system: You are a helpful assistant.
user:
Analyze the provided spectrum to determine if it is a **White Dwarf (WD)**.

A White Dwarf spectrum is defined by its **extreme purity** (due to gravitational settling) and/or **extreme pressure broadening** (due to high surface gravity). You must check for one of the following mutually exclusive signatures:

- **Key Visual Indicators (Check for ONE of these types):**

    - **1. DA-Type Signature (Most Common):**
        - **(Primary Feature):** Extreme pressure broadening (Stark broadening) of the **Hydrogen (H) Balmer lines**.
        - **(Key Lines):** $H\beta$ (approx. $4861$ Å) and $H\gamma$ (approx. $4340$ Å). $H\alpha$ (approx. $6563$ Å) will also be present if the wavelength range covers it.
        - **(Line Profile):** This is the **defining feature**. The lines are **NOT** sharp. They appear as massive, **extremely broad and deep "troughs" or "dips"** in the spectrum, often hundreds of Ångströms wide. The continuum will appear to "scoop" down at these wavelengths.
        - **(Distinction):** Normal A-type or B-type stars have *narrow* and *sharp* Hydrogen lines. A DA White Dwarf's lines are unmistakably "smeared" or "blurry" from pressure.

    - **2. DB-Type Signature:**
        - **(Primary Feature):** Broad absorption lines from **Neutral Helium (He I)**. The spectrum must lack any visible Hydrogen lines.
        - **(Key Lines):** Look for broad absorption near $4471$ Å, $4921$ Å, and $5876$ Å.
        - **(Line Profile):** These lines are also significantly pressure-broadened, appearing much wider than they would in a normal B-type main-sequence star.

    - **3. DC-Type Signature:**
        - **(Primary Feature):** A **featureless continuous spectrum**.
        - **(Line Profile):** The spectrum is a smooth curve with **no significant absorption or emission lines**.
        - **(Key Confirmation):** The continuum is almost always **blue or white**, indicating a hot object. This signature implies the atmosphere is so pure (or so cool) that no spectral lines are visible in the optical range. Its WD identity is confirmed by its extremely low intrinsic brightness (high absolute magnitude).

    - **4. DZ-Type Signature (Metal-Polluted):**
        - **(Primary Feature):** **Isolated, narrow metal absorption lines** on an otherwise featureless (DC-like) continuum.
        - **(Key Lines):** The **Calcium (Ca II) H & K doublet** (approx. **$3934$ Å** and **$3968$ Å**) is the most common and defining feature.
        - **(Line Profile):** These lines are "out of place." They are *not* part of a "forest" of thousands of lines. This signature is evidence of recent *accretion* (pollution) from rocky debris.
        - **(Distinction):** Normal G/K/M stars have a *dense forest* of thousands of metal lines. A DZ has a *clean* continuum with *only a few* strong metal lines.

    - **5. DQ-Type Signature (Carbon-Polluted):**
        - **(Primary Feature):** Absorption bands from **Carbon (C₂ "Swan Bands" or atomic C I)**.
        - **(Key Lines - C₂):** Look for bandheads with a "saw-tooth" shape near $5635$ Å, **$5165$ Å** (strongest), and $4737$ Å.
        - **(Key Confirmation):** The underlying **continuum must be blue or white** (hot).
        - **(Distinction):** This is the critical difference from a **Carbon Star**, which has the *exact same* C₂ bands but on an extremely **red, cool** continuum.

- **(Overall Spectrum):**
    - The continuum (overall shape) is typically **blue-sloping** (brighter in the blue than the red), as most white dwarfs are very hot.
    - The spectrum will look "pure" or "simple," dominated by only *one* of the five signatures listed above.

Think first, call **spectral_visualization_tool** if needed to examine features in detail, then provide your final answer. Your response must adhere to the following strict rules:
1.  **Overall Structure:** Your response must follow the format `<think>...</think> <tool_call>...</tool_call> (if a tool is used) <answer>...</answer>`.
2.  **Tool Usage Constraint:** You may only make **one** tool call per turn.
3.  **Final Answer Format:** In the `<answer>` tag, your conclusion must be inside a `\boxed{}` command (e.g., `\boxed{YES}` or `\boxed{NO}`), followed by your justification.

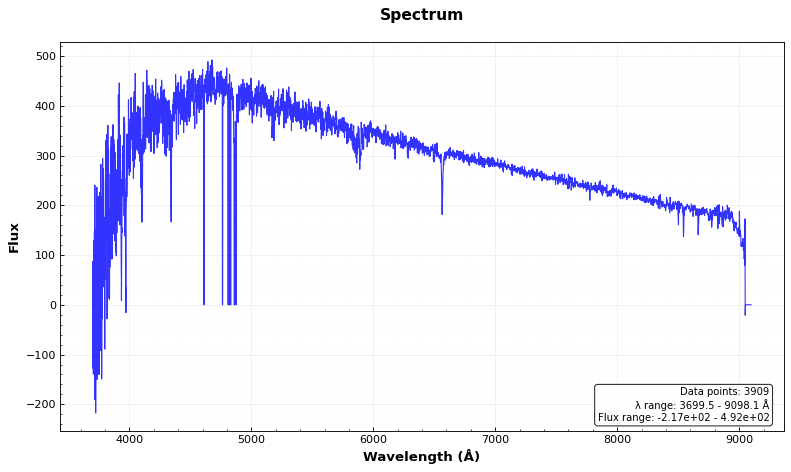
Answer: NO